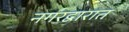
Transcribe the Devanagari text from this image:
नगरद्वारात